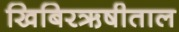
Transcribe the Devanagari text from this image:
खिबिरऋषीताल